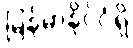
မြန်မာနိုင်ငံရှိ